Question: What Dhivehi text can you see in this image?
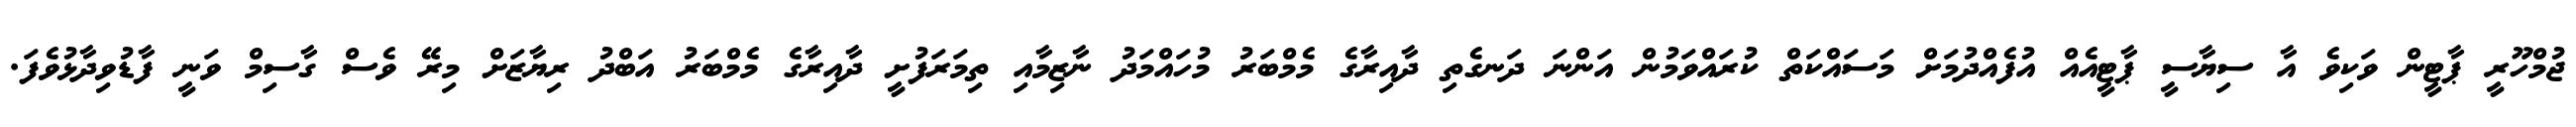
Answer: ޖުމްހޫރީ ޕާޓީން ވަކިވެ އާ ސިޔާސީ ޕާޓީއެއް އުފެއްދުމަށް މަސައްކަތް ކުރައްވަމުން އަންނަ ދަނގެތި ދާއިރާގެ މެމްބަރު މުހައްމަދު ނާޒިމާއި ތިމަރަފުށީ ދާއިރާގެ މެމްބަރު އަބްދު ރިޔާޒަށް މިރޭ ވެސް ގާސިމް ވަނީ ފާޑުވިދާޅުވެފަ.